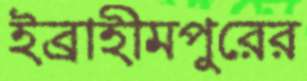
ইব্রাহীমপুরের